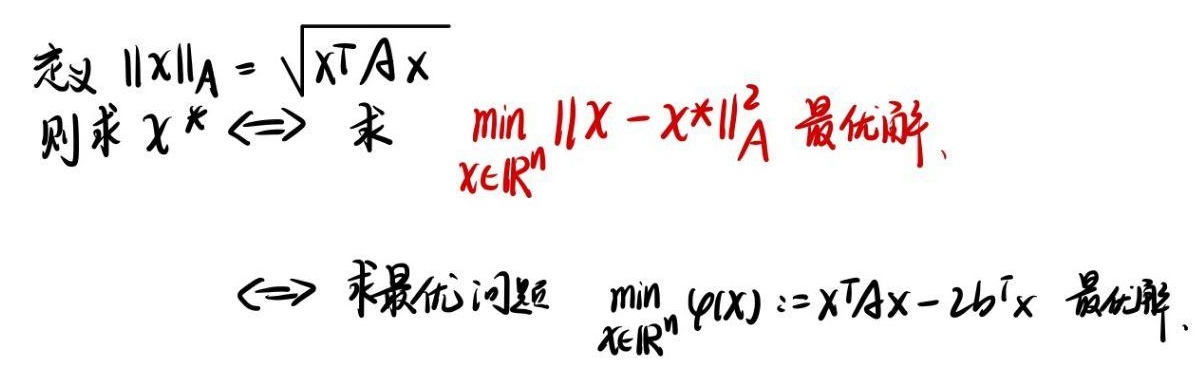
定义 $\|x\|_A = \sqrt{x^T A x}$

则求 $x^* \Leftrightarrow$ 求 $\min_{x \in \mathbb{R}^n} \|x - x^*\|_A^2$ 最优解.

$\Leftrightarrow$ 求最优问题 $\min_{x \in \mathbb{R}^n} \varphi(x) := x^T A x - 2b^T x$ 最优解.